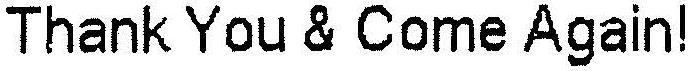
THANK YOU & COME AGAIN!